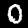
Label: 0